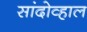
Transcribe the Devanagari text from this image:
सांदोव्हाल